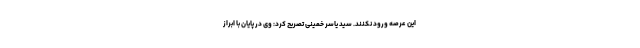
این عرصه ورود نکنند. سید یاسر خمینی تصریح کرد: وی در پایان با ابراز